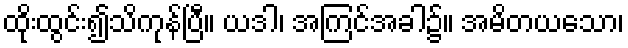
ထိုးထွင်း၍သိကုန်ပြီ။ ယဒါ၊ အကြင်အခါ၌။ အမိတယသော၊